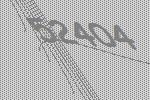
52404